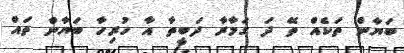
ބަޔާން ތަކެއް ތޭ ދަ ގަމާރާ ދަބީތާ އާ ހުރިހާ ބަޔާން ތައް